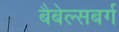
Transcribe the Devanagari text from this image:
बैबेल्सबर्ग